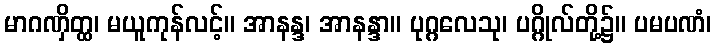
မာဂဏှိတ္ထ၊ မယူကုန်လင့်။ အာနန္ဒ၊ အာနန္ဒာ။ ပုဂ္ဂလေသု၊ ပဂ္ဂိုလ်တို့၌။ ပမပဏံ၊